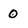
Character: 0